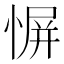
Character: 𫺬